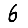
Digit: 6